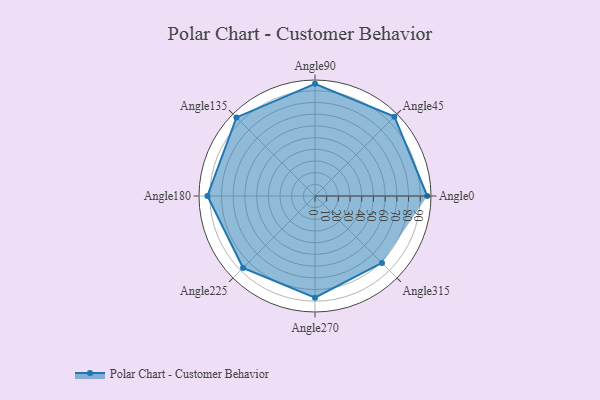
{"axis": {"x": "Angle", "y": "Radius"}, "legend": [""], "data": [{"x": "Angle0", "y": 96.0, "type": ""}, {"x": "Angle45", "y": 96.0, "type": ""}, {"x": "Angle90", "y": 96.0, "type": ""}, {"x": "Angle135", "y": 95.0, "type": ""}, {"x": "Angle180", "y": 92.0, "type": ""}, {"x": "Angle225", "y": 87.0, "type": ""}, {"x": "Angle270", "y": 87.0, "type": ""}, {"x": "Angle315", "y": 81.0, "type": ""}]}